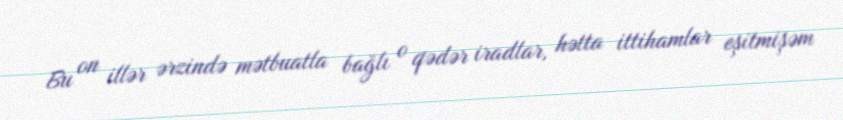
Bu on illər ərzində mətbuatla bağlı o qədər iradlar, hətta ittihamlar eşitmişəm